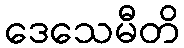
ဒေသေမီတိ